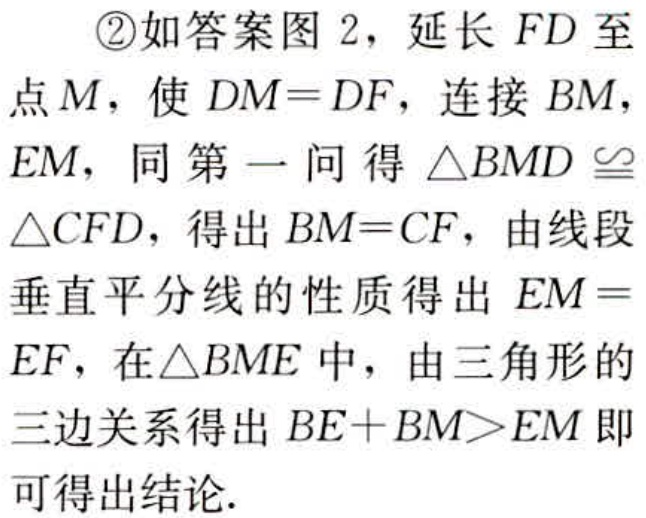
\textcircled{2}如答案图 2，延长 \(FD\) 至点 \(M\)，使 \(DM = DF\)，连接 \(BM\)，\(EM\)，同第一问得 \(\triangle BMD\cong\triangle CFD\)，得出 \(BM = CF\)，由线段垂直平分线的性质得出 \(EM = EF\)，在 \(\triangle BME\) 中，由三角形的三边关系得出 \(BE + BM>EM\) 即可得出结论.